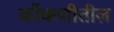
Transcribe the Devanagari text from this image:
कोंकणीतील